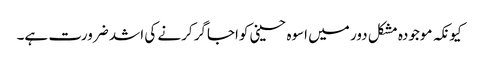
کیونکہ موجودہ مشکل دور میں اسوہ حسینی کواجاگر کرنے کی اشد ضرورت ہے۔